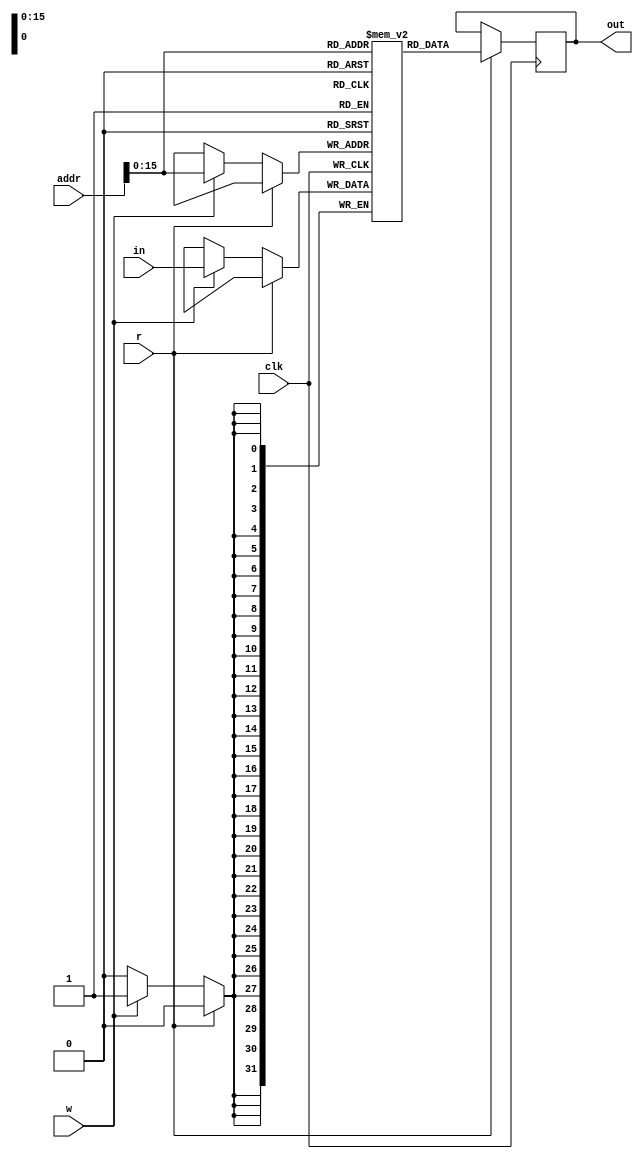
`timescale 1ns / 1ps
//////////////////////////////////////////////////////////////////////////////////
// Company: Santa Clara University
// 
// Design Name: 
// Module Name: data_mem
// Project Name: 
// Target Devices: 
// Tool Versions: 
// Description: 
// 
// Dependencies: 
// 
// Revision:
// Revision 0.01 - File Created
// Additional Comments:
// 
//////////////////////////////////////////////////////////////////////////////////


module data_mem(
    addr,
    in,
    r,
    w,
    out,
    clk
    );
    input [31:0] addr, in;              // define inputs and outputs
    input r, w, clk;
    output reg [31:0] out;
    
    reg [31:0] data[65535:0];           // an array of 65536 registers each 32 bits wide
    
    always@(negedge clk) begin
        if (r == 1)                     // if write signal is 1, then we read from memory (with the first half of address)
            out = data[addr[15:0]];
        else if (w == 1)                // read and write are mutually exclusive so if write is 1, we write whatever the data (in) is
            data[addr[15:0]] = in;
    end
endmodule